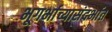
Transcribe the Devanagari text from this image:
भूगर्भाच्यासंदर्भात